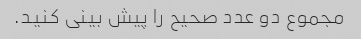
مجموع دو عدد صحیح را پیش بینی کنید.